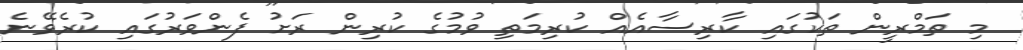
މި ތަމްރީން ތަކުގައި ކާރިސާއެއް ކުރިމަތި ވުމުގެ ކުރިން ރަށު ފެންވަރުގައި ކުރެވޭނެ